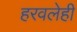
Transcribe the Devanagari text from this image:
हरवलेही